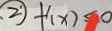
\textcircled { 2 ^ { \cdot } } f ^ { \prime } ( x ) \leq 0